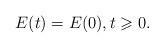
LaTeX: \begin{align*} E(t)= E(0), t \geqslant 0.\end{align*}